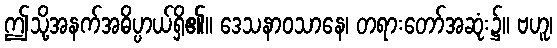
ဤသို့အနက်အဓိပ္ပာယ်ရှိ၏။ ဒေသနာဝသာနေ၊ တရားတော်အဆုံး၌။ ဗဟူ၊